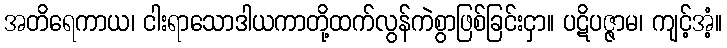
အတိရေကာယ၊ ငါးရာသောဒါယကာတို့ထက်လွန်ကဲစွာဖြစ်ခြင်းငှာ။ ပဋိပဇ္ဇာမ၊ ကျင့်အံ့။